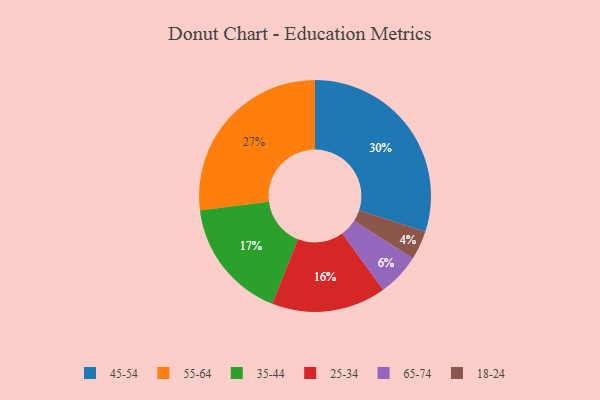
{"axis": {"x": "Category", "y": "Percentage"}, "legend": ["18-24", "25-34", "35-44", "45-54", "55-64", "65-74"], "data": [{"x": "55-64", "y": 27, "type": "55-64"}, {"x": "35-44", "y": 17, "type": "35-44"}, {"x": "18-24", "y": 4, "type": "18-24"}, {"x": "45-54", "y": 30, "type": "45-54"}, {"x": "65-74", "y": 6, "type": "65-74"}, {"x": "25-34", "y": 16, "type": "25-34"}]}